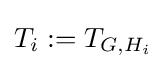
T_{i}:=T_{G,H_{i}}